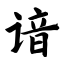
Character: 谙